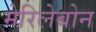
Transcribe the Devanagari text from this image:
मेरिलेबोन